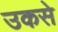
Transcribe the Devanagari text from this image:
उकसे